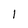
Character: l